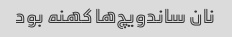
نان ساندویچ‌ها کهنه بود